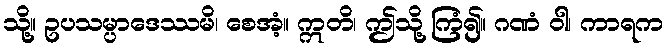
သို့။ ဥပသမ္ပာဒေဿမိ၊ စေအံ့။ ဣတိ၊ ဤသို့ ကြံ၍။ ဂဏံ ဝါ၊ ကာရက